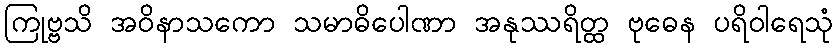
ကြုဗ္ဗသိ အဝိနာသကော သမာဓိပေါဏာ အနုဿရိတ္ထ ဗုဓေန ပရိဝါရေသုံ